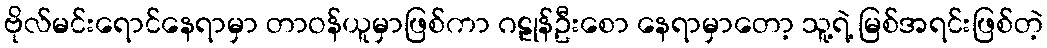
ဗိုလ်မင်းရောင်နေရာမှာ တာဝန်ယူမှာဖြစ်ကာ ဂဠုန်ဦးစော နေရာမှာတော့ သူ့ရဲ့ မြစ်အရင်းဖြစ်တဲ့